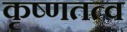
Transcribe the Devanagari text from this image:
कृष्णतत्व